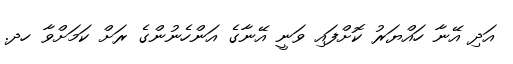
އަދި އޭނާ ހައްޔަރު ކޮށްފައި ވަނީ އޭނާގެ އަންހެނުންގެ ރަށް ކަމަށްވާ ހދ.